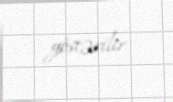
göstərilir.